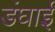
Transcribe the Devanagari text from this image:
डंघाई